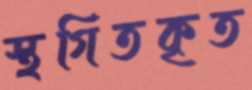
স্থগিতকৃত